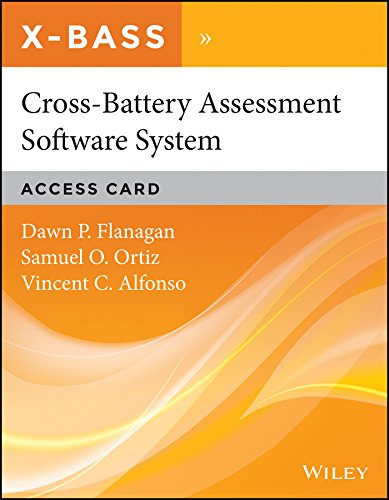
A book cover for Cross-Battery Assessment Software System (X-BASS) Access Card; Samuel O. Ortiz; Medical Books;